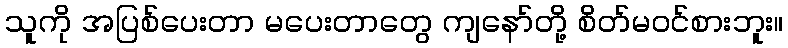
သူကို အပြစ်ပေးတာ မပေးတာတွေ ကျနော်တို့ စိတ်မဝင်စားဘူး။